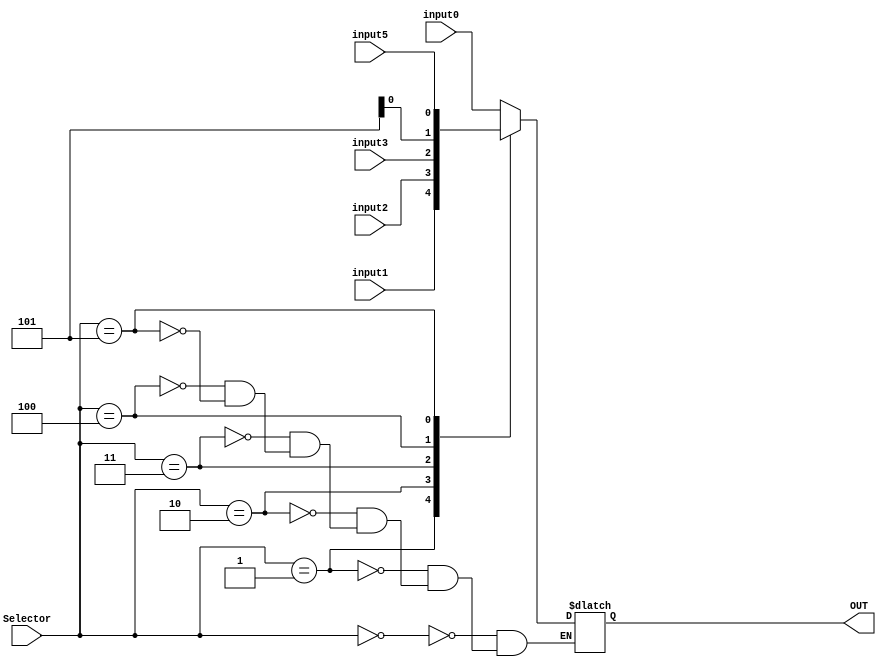
module MUX_5to1 (
	input input0, // AND
	input input1, // OR
	input input2, // Adder
	input input3, // LESS
	// input input4, // MUL
	input input5, // XOR
	input [2:0] Selector,
	output reg OUT
);

always @(Selector)
begin
	case (Selector)
		3'b000: OUT = input0;
		3'b001: OUT = input1;
		3'b010: OUT = input2;
		3'b011: OUT = input3;
		3'b100: OUT = input4;
		3'b101: OUT = input5;
	endcase
end

    
endmodule